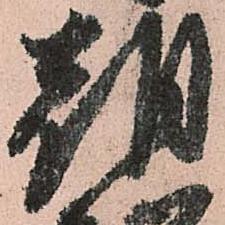
朝